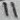
Text: 11